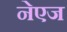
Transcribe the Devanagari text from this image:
नेएज